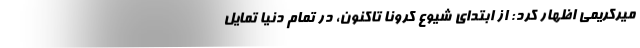
میرکریمی اظهار کرد: از ابتدای شیوع کرونا تاکنون، در تمام دنیا تمایل